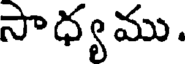
సాధ్యము.